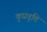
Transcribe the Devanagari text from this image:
कुप्रवृत्ति